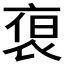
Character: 𮕻